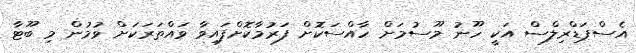
އެސްޕަޑްރިލްސް އަކީ ހޫނު މޫސުމަށް ހާއްސަކޮށް ފަރުމާކޮށްފައިވާ ވައްތަރަކަށް ވުމުން މި ބޫޓާ